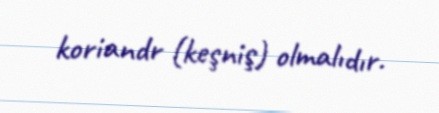
koriandr (keşniş) olmalıdır.